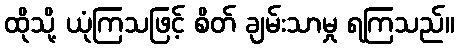
ထိုသို့ ယုံကြသဖြင့် စိတ် ချမ်းသာမှု ရကြသည်။